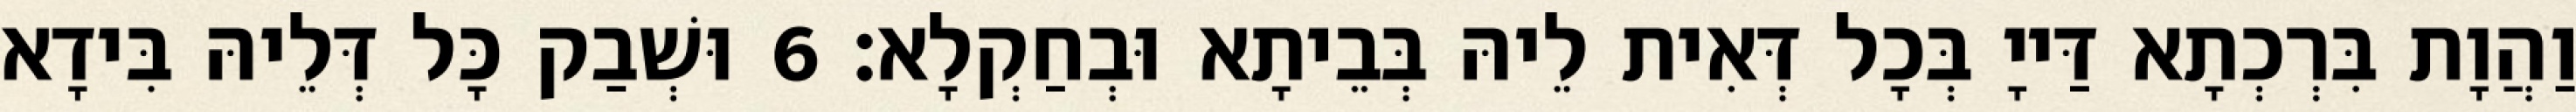
וַהֲוָת בִּרְכְתָא דַּייָ בְּכָל דְּאִית לֵיהּ בְּבֵיתָא וּבְחַקְלָא׃ 6 וּשְׁבַק כָּל דְּלֵיהּ בִּידָא